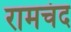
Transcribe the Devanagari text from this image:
रामचंद